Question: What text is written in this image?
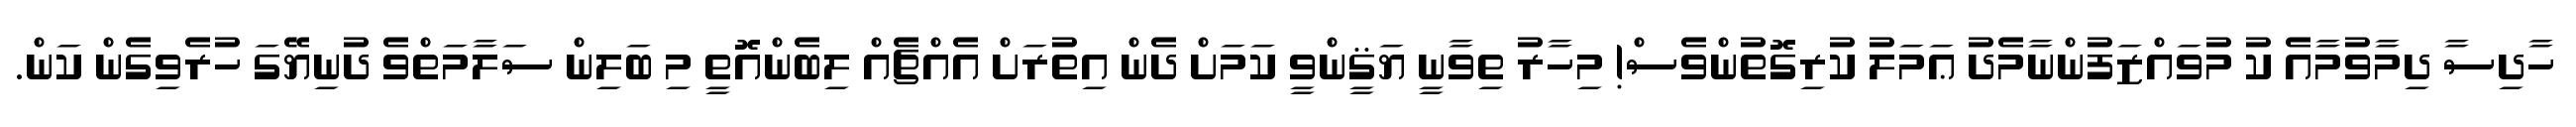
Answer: ހާދިސާ ދިމާވުމާއެ ކު މުވައްޒަފުންނާމެދު ޢަމަލު ކުރިގޮތުންވެސް! މިހާރު ތިވާނީ ޔަޤީންވީ ކަމަށް ދެން އިތުރަށް އެއްޗެއް ލިބެންއޮތީ މި ބަލިން ސަލާމަތްވެ ދުނިޔޭގަ ހުރެވިގެން ކަން.